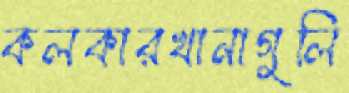
কলকারখানাগুলি